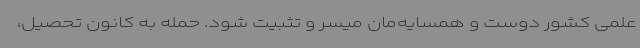
علمی کشور دوست و همسایه‌مان میسر و تثبیت شود. حمله به کانون تحصیل،